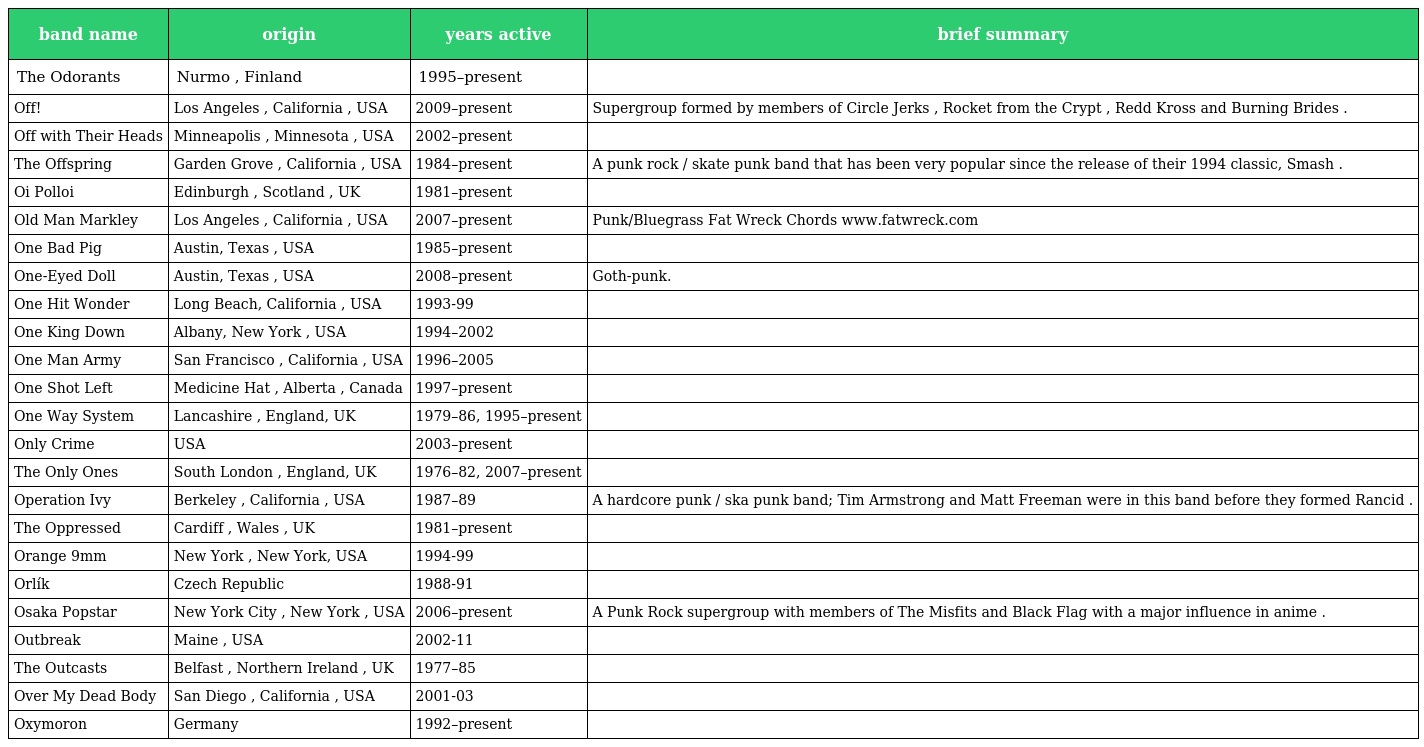
| band name | origin | years active | brief summary |
 | --- | --- | --- | --- |
 | The Odorants | Nurmo , Finland | 1995–present |  |
 | Off! | Los Angeles , California , USA | 2009–present | Supergroup formed by members of Circle Jerks , Rocket from the Crypt , Redd Kross and Burning Brides . |
 | Off with Their Heads | Minneapolis , Minnesota , USA | 2002–present |  |
 | The Offspring | Garden Grove , California , USA | 1984–present | A punk rock / skate punk band that has been very popular since the release of their 1994 classic, Smash . |
 | Oi Polloi | Edinburgh , Scotland , UK | 1981–present |  |
 | Old Man Markley | Los Angeles , California , USA | 2007–present | Punk/Bluegrass Fat Wreck Chords www.fatwreck.com |
 | One Bad Pig | Austin, Texas , USA | 1985–present |  |
 | One-Eyed Doll | Austin, Texas , USA | 2008–present | Goth-punk. |
 | One Hit Wonder | Long Beach, California , USA | 1993-99 |  |
 | One King Down | Albany, New York , USA | 1994–2002 |  |
 | One Man Army | San Francisco , California , USA | 1996–2005 |  |
 | One Shot Left | Medicine Hat , Alberta , Canada | 1997–present |  |
 | One Way System | Lancashire , England, UK | 1979–86, 1995–present |  |
 | Only Crime | USA | 2003–present |  |
 | The Only Ones | South London , England, UK | 1976–82, 2007–present |  |
 | Operation Ivy | Berkeley , California , USA | 1987–89 | A hardcore punk / ska punk band; Tim Armstrong and Matt Freeman were in this band before they formed Rancid . |
 | The Oppressed | Cardiff , Wales , UK | 1981–present |  |
 | Orange 9mm | New York , New York, USA | 1994-99 |  |
 | Orlík | Czech Republic | 1988-91 |  |
 | Osaka Popstar | New York City , New York , USA | 2006–present | A Punk Rock supergroup with members of The Misfits and Black Flag with a major influence in anime . |
 | Outbreak | Maine , USA | 2002-11 |  |
 | The Outcasts | Belfast , Northern Ireland , UK | 1977–85 |  |
 | Over My Dead Body | San Diego , California , USA | 2001-03 |  |
 | Oxymoron | Germany | 1992–present |  |